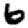
Digit: 6